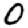
Digit: 0